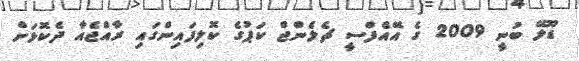
ޑޫލޭ ބުނީ 2009 ގެ އޭއެފްސީ ޗެލެންޖް ކަޕުގެ ކޮލިފައިންގައި ރާއްޖެއާ ދެކޮޅަށް